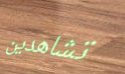
تشاهدين